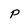
Character: p